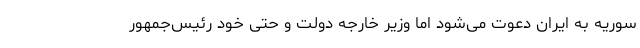
سوریه به ایران دعوت می‌شود اما وزیر خارجه دولت و حتی خود رئیس‌جمهور